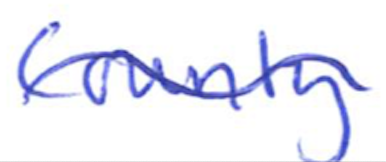
Text: County,
Cross-out: wave
Writing tool: ballpoint